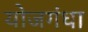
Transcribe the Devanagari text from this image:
योजगंधा